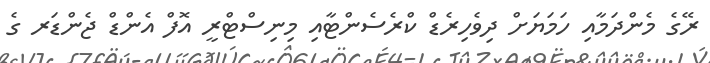
ރޭގެ މެންދަމާއި ހަމަޔަށް ދިވެހިރެޑް ކްރެސެންޓާއި މިނިސްޓްރީ އޮފް އެންޑް ޖެންޑަރ ގެ